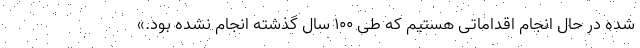
شده در حال انجام اقداماتی هستیم که طی ۱۰۰ سال گذشته انجام نشده بود.»